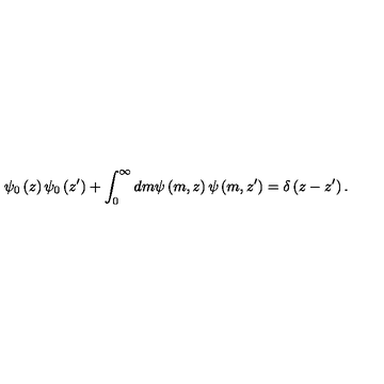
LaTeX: \psi _ { 0 } \left( z \right) \psi _ { 0 } \left( z ^ { \prime } \right) + \int _ { 0 } ^ { \infty } d m \psi \left( m , z \right) \psi \left( m , z ^ { \prime } \right) = \delta \left( z - z ^ { \prime } \right) .